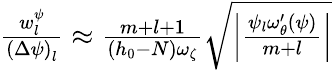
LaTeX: \begin{array}{r}{\frac{w_{l}^{\psi}}{\left(\Delta\psi\right)_{l}}\approx\frac{m+l+1}{(h_{0}-N)\omega_{\zeta}}\sqrt{\left|\frac{\psi_{l}\omega_{\theta}^{\prime}(\psi)}{m+l}\right|}}\end{array}